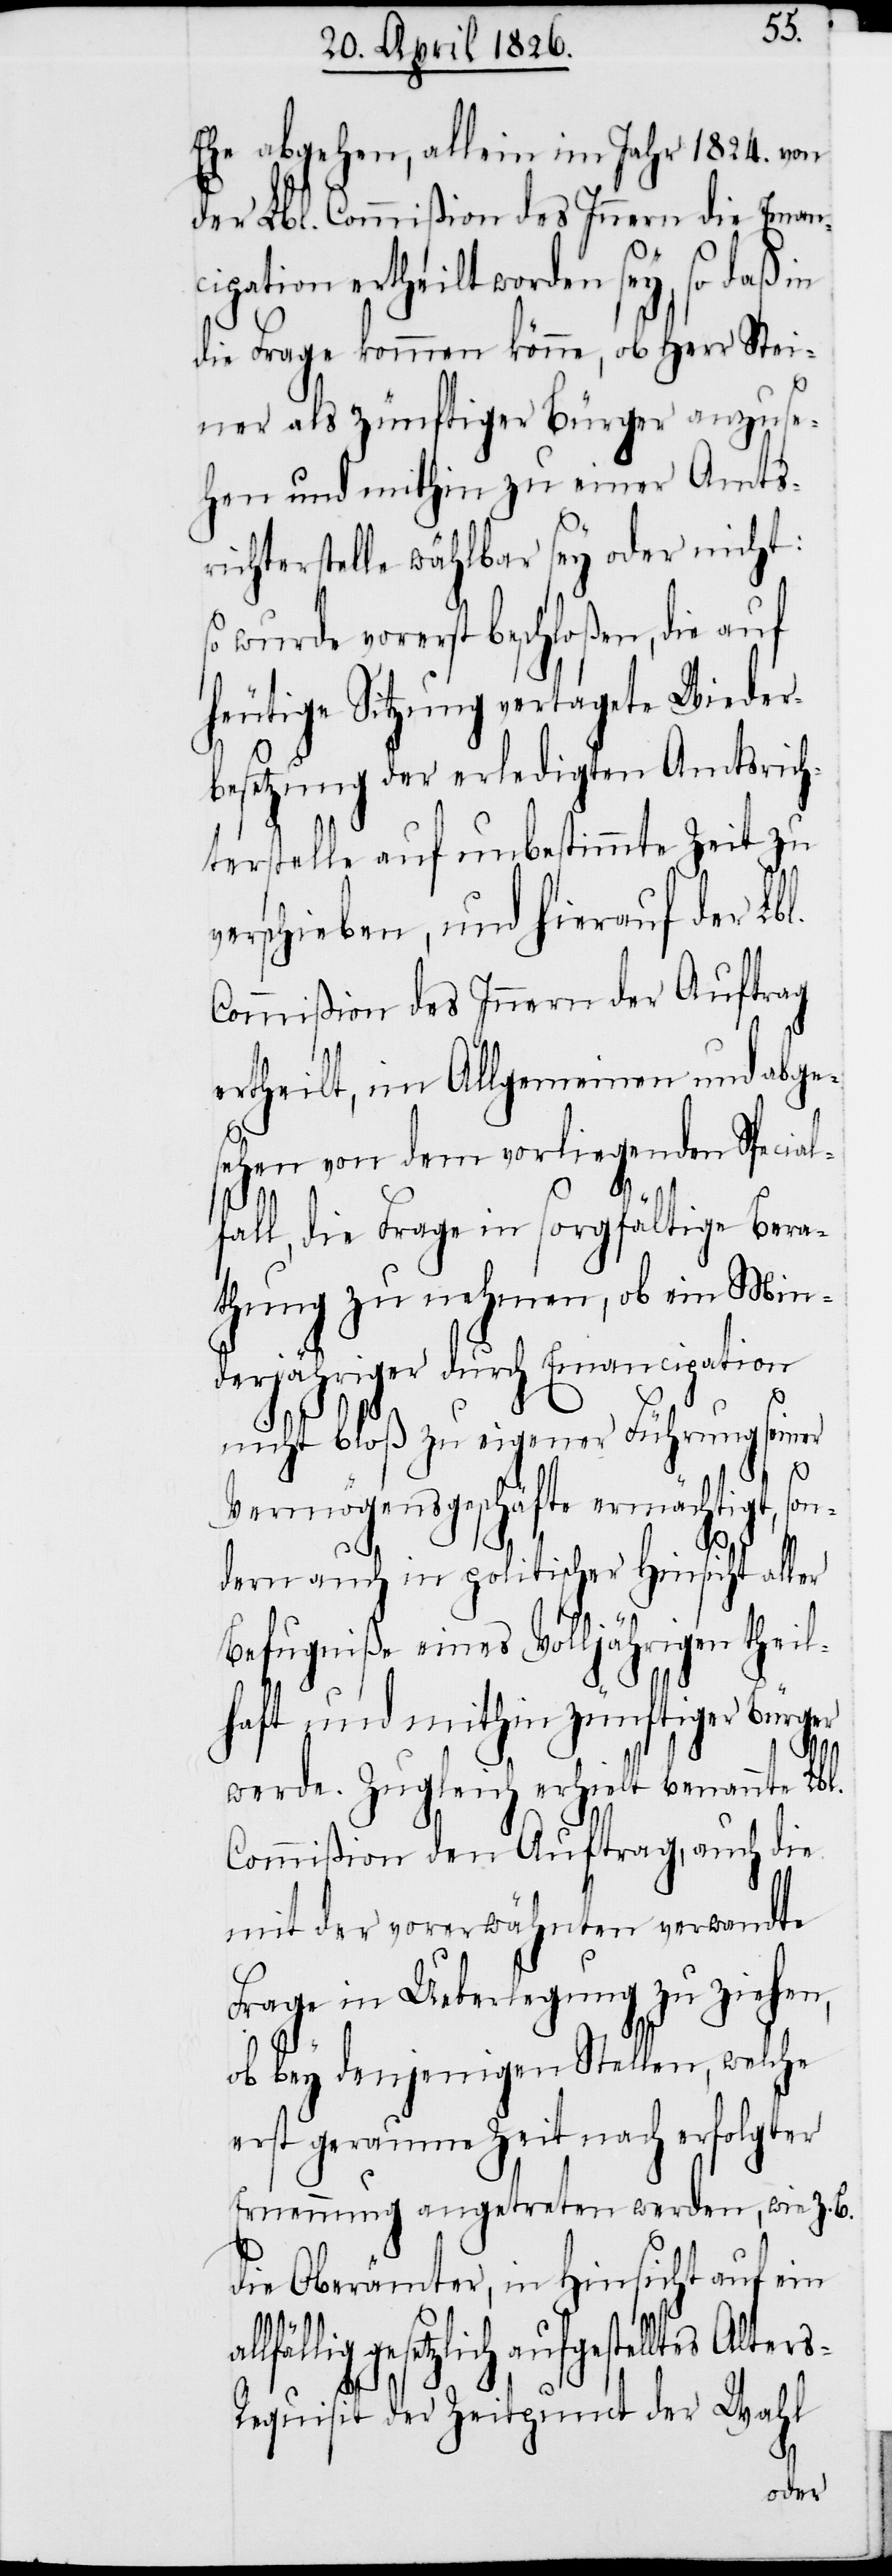
Ehe abgehen, allein im Jahr
der Lbl. Commißion des Innern die Eman¬
cipation ertheilt worden sey, so daß in
die Frage kommen könne, ob Herr St¬
einer als zünftiger Bürger anzuse¬
hen und mithin zu einer Amts¬
richterstelle wählbar sey oder ni¬
so wurde vorerst beschloßen, die auf
heutige Sitzung vertagte Wieder¬
besetzung der erledigten Amtsrich¬
terstelle auf unbestimmte Zeit zu
verschieben, und hierauf der Lbl.
Commißion des Innern der Auftrag
ertheilt, im Allgemeinen und abge¬
sehen von dem vorliegenden Spezial¬
1824.
fall, die Frage in sorgfältige Bera¬
thung zu nehmen, ob ein Min¬
derjähriger durch Empancipation
nicht bloß zu eigener Führung seiner
Vermögensgeschäfte ermächtigt,
dern auch in politischer Hinsicht aller
Befugniße eines Volljährigen theil¬
haft und mithin zünftiger Bürger
werde. Zugleich erhielt benannte
Commißion den Auftrag, auch die
mit der vorerwähnten verwandte
Frage in Ueberlegung zu ziehen,
ob bey denjenigen Stellen, welche
erste geraume Zeit nach erfolgter
Ernennung angetreten werden, wie z. B.
die Oberämter, in Hinsicht auf ein
gesetzlich aufgestelltes Alter¬
son¬
s-Requisit der Zeitpunct der Wahl